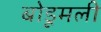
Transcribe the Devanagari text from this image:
बोडूमली